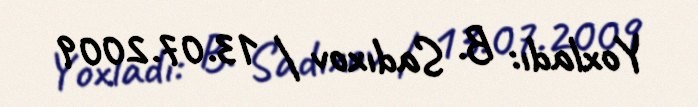
Yoxladı: B. Sadıxov / 13.07.2009